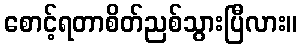
စောင့်ရတာစိတ်ညစ်သွားပြီလား။